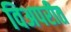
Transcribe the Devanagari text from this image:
विअपरीत